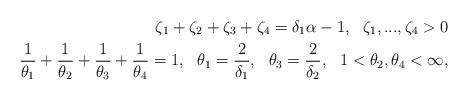
LaTeX: \begin{align*}\zeta_1+\zeta_2+\zeta_3+\zeta_4=\delta_1\alpha-1, \ \ \zeta_1, ..., \zeta_4>0\\\frac1{\theta_1}+\frac1{\theta_2}+\frac1{\theta_3}+\frac1{\theta_4}=1, \ \ \theta_1=\frac2{\delta_1}, \ \ \theta_3=\frac2{\delta_2}, \ \ 1<\theta_2, \theta_4<\infty,\end{align*}